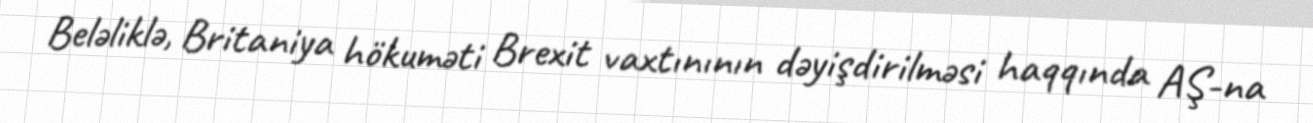
Beləliklə, Britaniya hökuməti Brexit vaxtınının dəyişdirilməsi haqqında AŞ-na